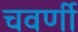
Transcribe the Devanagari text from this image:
चवर्णी